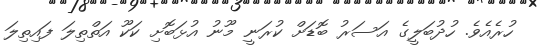
ހުރެއެވެ. ހުދުބަލީގެ އަސަރު ބޮޑަށް ކުރަނީ މޫނު އުޅަބޮށި ކަކޫ އަތްތިލަ ފައިތިލަ